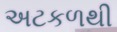
અટકળથી